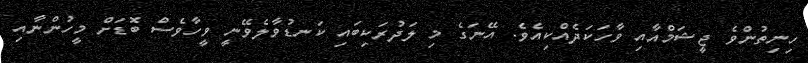
ހިނިތުންވެ ޖީޝަމްއާއި ވާހަކަދެއްކިއެވެ. އޭނަގެ މި ލަދުރަކިބައި ކަނޑުވާލެވޭނީ ވީހާވެސް ބޮޑަށް މީހުންނާއި